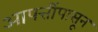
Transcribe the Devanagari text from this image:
आपत्तींपासून